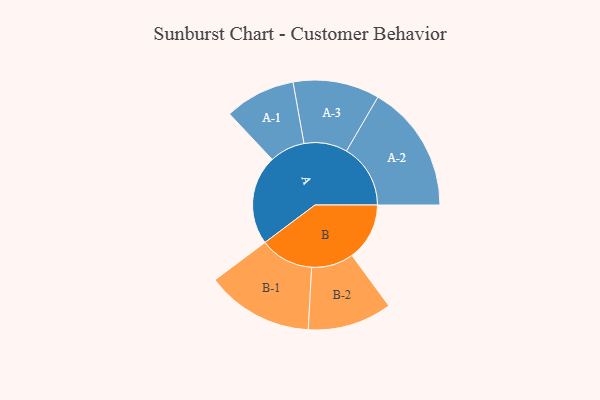
{"axis": {"x": "Segment", "y": "Value"}, "legend": ["", "A", "B"], "data": [{"x": "A", "y": 319, "type": ""}, {"x": "B", "y": 205, "type": ""}, {"x": "A-1", "y": 126, "type": "A"}, {"x": "A-2", "y": 228, "type": "A"}, {"x": "A-3", "y": 154, "type": "A"}, {"x": "B-1", "y": 191, "type": "B"}, {"x": "B-2", "y": 150, "type": "B"}]}